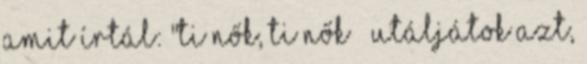
amit írtál: "Ti nők, ti nők – utáljátok azt,